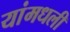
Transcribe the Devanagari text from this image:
यांमधली